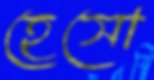
হেসো